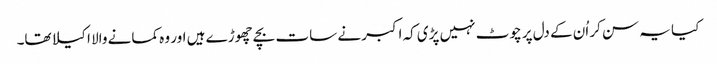
کیا یہ سن کر اُن کے دل پر چوٹ نہیں پڑی کہ اکبر نے سات بچے چھوڑے ہیں اور وہ کمانے والا اکیلا تھا۔